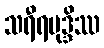
သရီရမုဒ္ဒိဿ